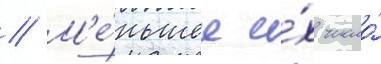
// М'е́ньшее и́х число́